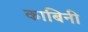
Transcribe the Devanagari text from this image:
काबिनी